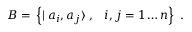
{ \cal B } = \, \left\{ \mid a _ { i } , a _ { j } \rangle \; , \; \, \, \, i , j = 1 \ldots n \right\} \; .